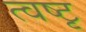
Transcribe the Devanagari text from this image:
त्वष्टृ